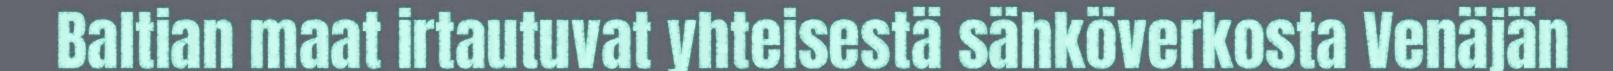
Baltian maat irtautuvat yhteisestä sähköverkosta Venäjän